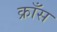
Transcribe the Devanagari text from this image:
क्राँस